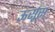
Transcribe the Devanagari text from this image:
ऊर्सूस्